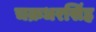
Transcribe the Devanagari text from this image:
चक्रधरसिंह